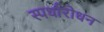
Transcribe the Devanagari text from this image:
स्पर्धारोधन